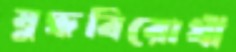
যুদ্ধবিরোধী